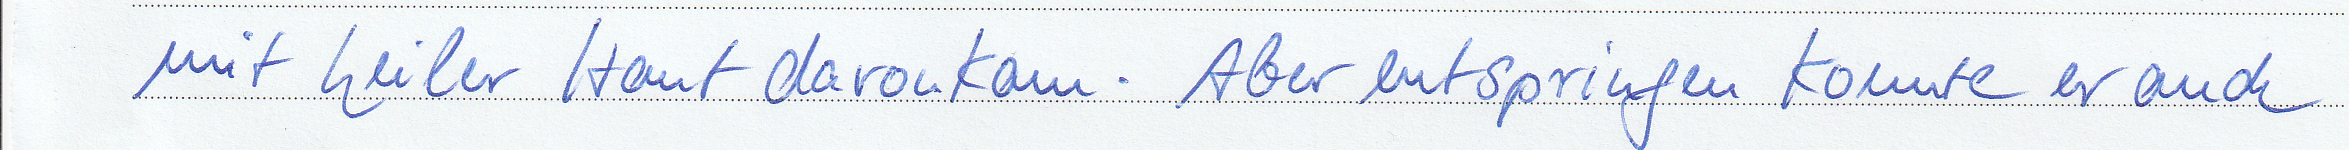
mit heiler Haut davonkam. Aber entspringen konnte er auch